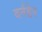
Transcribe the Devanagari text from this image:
वर्नहेर